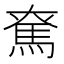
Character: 𩢙